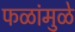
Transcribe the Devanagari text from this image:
फळांमुळे